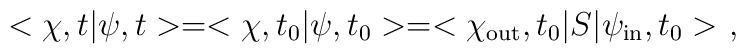
<\chi,t|\psi,t>=<\chi,t_0|\psi,t_0>=<\chi_{\rm out},t_0|S|\psi_{\rm in},t_0>\ ,